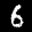
Label: 6